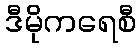
ဒီမိုကရေစီ